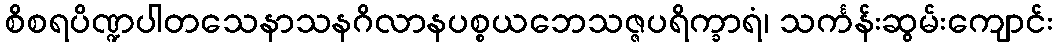
စိစရပိဏ္ဍပါတသေနာသနဂိလာနပစ္စယဘေသဇ္ဇပရိက္ခာရံ၊ သင်္ကန်းဆွမ်းကျောင်း